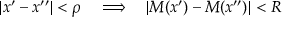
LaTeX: | x ^ { \prime } - x ^ { \prime \prime } | < \rho \quad \Longrightarrow \quad | M ( x ^ { \prime } ) - M ( x ^ { \prime \prime } ) | < R